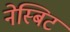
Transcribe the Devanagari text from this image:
नेस्बिट